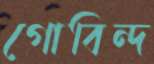
গোবিন্দ